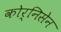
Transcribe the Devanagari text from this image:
कोर्निसेन